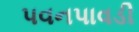
પવનપાવડી